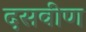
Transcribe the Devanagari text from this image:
दसवीण